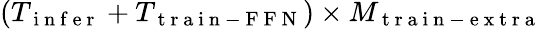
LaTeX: (T_{\mathrm{~i~n~f~e~r~}}+T_{\mathrm{~t~r~a~i~n~-~F~F~N~}})\times M_{\mathrm{~t~r~a~i~n~-~e~x~t~r~a~}}